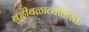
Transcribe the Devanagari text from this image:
बुद्धीबळाव्यतिरिक्त